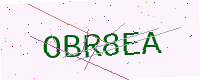
Text: OBR8EA